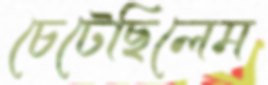
চেটেছিলেম